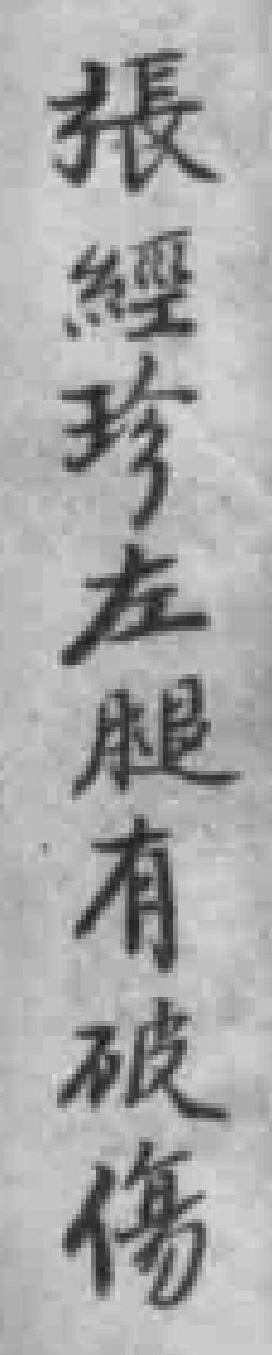
張經珍左腿有破傷